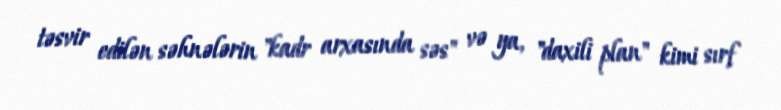
təsvir edilən səhnələrin "kadr arxasında səs" və ya, "daxili plan" kimi sırf